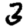
Digit: 3